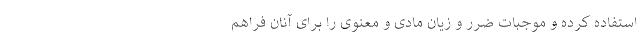
استفاده کرده و موجبات ضرر و زیان مادی و معنوی را برای آنان فراهم